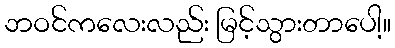
ဘဝင်ကလေးလည်း မြင့်သွားတာပေါ့။